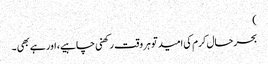
)
بحرحال کرم کی امید تو ہر وقت رکھنی چاہیے، اور ہے بھی ۔